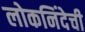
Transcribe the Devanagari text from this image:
लोकनिंदेची